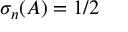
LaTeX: \sigma _ { n } ( A ) = 1 / 2